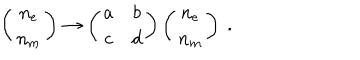
\left( \begin{array} { c } { { n _ { e } } } \\ { { n _ { m } } } \\ \end{array} \right) \to \left( \begin{array} { c c } { { a } } & { { b } } \\ { { c } } & { { d } } \\ \end{array} \right) \left( \begin{array} { c } { { n _ { e } } } \\ { { n _ { m } } } \\ \end{array} \right) \ .